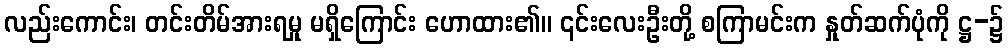
လည်းကောင်း၊ တင်းတိမ်အားရမှု မရှိကြောင်း ဟောထား၏။ ၎င်းလေးဦးတို့ စကြာမင်းက နှုတ်ဆက်ပုံကို ဋ္ဌ-၌